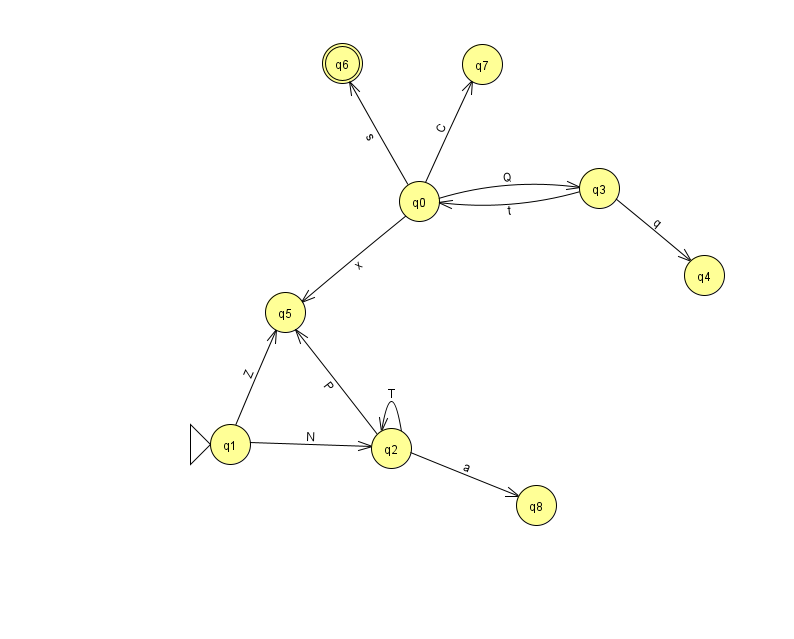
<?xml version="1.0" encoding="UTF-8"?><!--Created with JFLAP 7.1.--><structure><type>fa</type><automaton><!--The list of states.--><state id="0" name="q0"><x>419.0</x><y>188.0</y></state><state id="1" name="q1"><x>230.0</x><y>431.0</y><initial/></state><state id="2" name="q2"><x>391.0</x><y>435.0</y></state><state id="3" name="q3"><x>599.0</x><y>175.0</y></state><state id="4" name="q4"><x>704.0</x><y>262.0</y></state><state id="5" name="q5"><x>285.0</x><y>299.0</y></state><state id="6" name="q6"><x>342.0</x><y>50.0</y><final/></state><state id="7" name="q7"><x>482.0</x><y>51.0</y></state><state id="8" name="q8"><x>536.0</x><y>492.0</y></state><!--The list of transitions.--><transition><from>3</from><to>4</to><read>q</read></transition><transition><from>1</from><to>5</to><read>Z</read></transition><transition><from>2</from><to>2</to><read>T</read></transition><transition><from>0</from><to>6</to><read>s</read></transition><transition><from>2</from><to>8</to><read>a</read></transition><transition><from>3</from><to>0</to><read>t</read></transition><transition><from>0</from><to>5</to><read>x</read></transition><transition><from>0</from><to>7</to><read>C</read></transition><transition><from>2</from><to>5</to><read>P</read></transition><transition><from>1</from><to>2</to><read>N</read></transition><transition><from>0</from><to>3</to><read>Q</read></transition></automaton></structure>